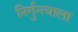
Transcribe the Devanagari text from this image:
निर्गुन्त्वाला